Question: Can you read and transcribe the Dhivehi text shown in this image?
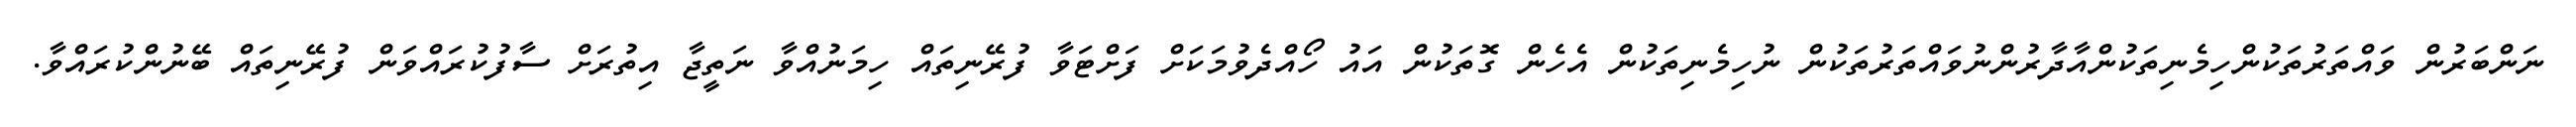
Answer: ނަންބަރުން ވައްތަރުތަކުންހިމެނިތަކުންއާދާރުންނުވައްތަރުތަކުން ނުހިމެނިތަކުން އެހެން ގޮތަކުން އައު ހޯއްދެވުމަކަށް ފަށްޓަވާ ފުރޭނިތައް ހިމަނުއްވާ ނަތީޖާ އިތުރަށް ސާފުކުރައްވަން ފުރޭނިތައް ބޭނުންކުރައްވާ.